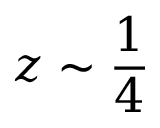
z \sim \frac { 1 } { 4 }